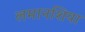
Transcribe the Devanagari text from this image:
लमानशिया